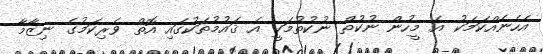
އެހެނެއްކަމަކު އެ މީހުން ނުކުތް ނުކުތުމަކީ އެ ޤައުމުތަކުގައި އޮތް ވެރިކަމުގެ ނިޒާމާ